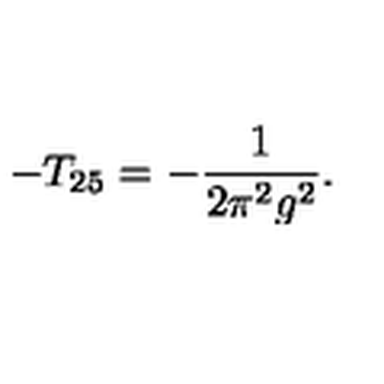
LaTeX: - T _ { 2 5 } = - \frac { 1 } { 2 \pi ^ { 2 } g ^ { 2 } } .